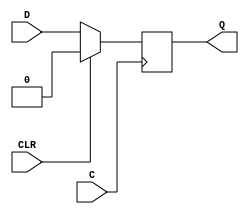
module beh_vlog_ff_clr_v8_3 (Q, C, CLR, D);
  parameter INIT = 0;
localparam FLOP_DELAY = 100;
    output Q;
    input  C, CLR, D;
    reg Q;
    initial Q= 1'b0;
    always @(posedge C )
      if (CLR)
	Q<= 1'b0;
      else
	Q<= #FLOP_DELAY D;
endmodule